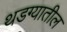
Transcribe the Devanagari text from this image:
थडग्यातील